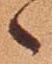
々